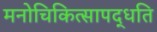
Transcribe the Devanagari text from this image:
मनोचिकित्सापद्धति